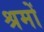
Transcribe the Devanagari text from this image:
श्रमों